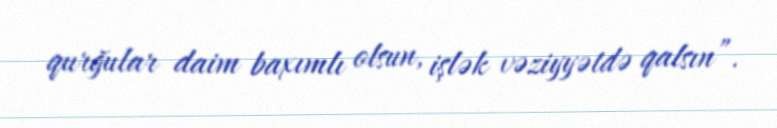
qurğular daim baxımlı olsun, işlək vəziyyətdə qalsın”.